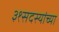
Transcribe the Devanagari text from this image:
३१सदस्यांच्या